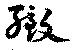
緻